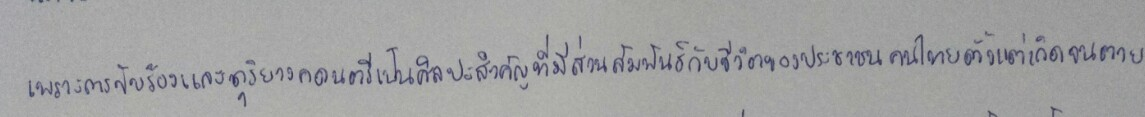
เพราะการขับร้องและดุริยางคดนตรีเป็นศิลปะสำคัญที่มีส่วนสัมพันธ์กับชีวิตของประชาชนคนไทยตั้งแต่เกิดจนตาย